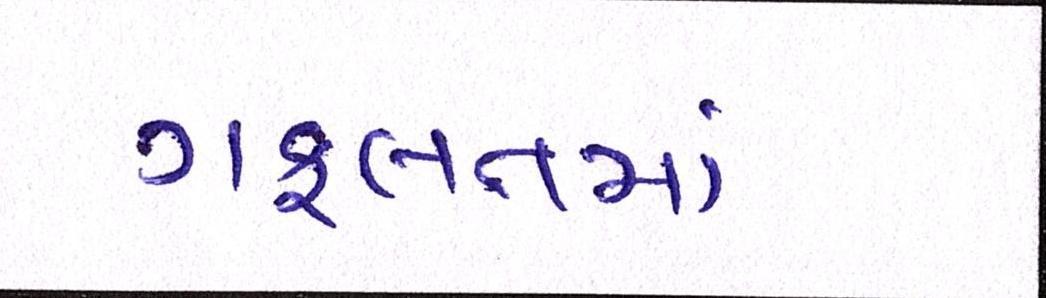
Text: ગફલતમાં